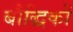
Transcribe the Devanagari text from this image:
बौद्धिकों